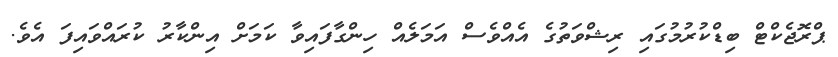
ޕްރޮޖެކްޓް ބިޑްކުރުމުގައި ރިޝްވަތުގެ އެއްވެސް އަމަލެއް ހިންގާފައިވާ ކަމަށް އިންކާރު ކުރައްވައިފަ އެވެ.